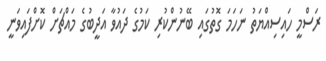
ރަސްމީ ހައިސިއްޔަތު ނަހަމަ ގޮތުގައި ބޭނުންކުރި ކަމުގެ ދައުވާ އަދީބުގެ މައްޗަށް ކޮށްފައިވަނީ